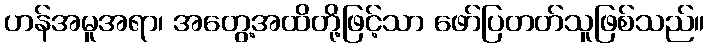
ဟန်အမူအရာ၊ အတွေ့အထိတို့ဖြင့်သာ ဖော်ပြတတ်သူဖြစ်သည်။